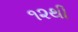
૧૨થી